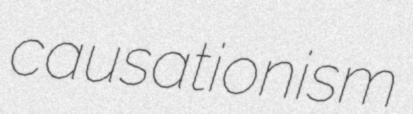
causationism